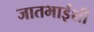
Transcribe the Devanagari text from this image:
जातभाईंशी